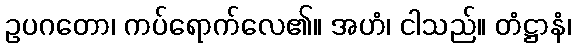
ဥပဂတော၊ ကပ်ရောက်လေ၏။ အဟံ၊ ငါသည်။ တံဋ္ဌာနံ၊